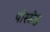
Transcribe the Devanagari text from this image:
पोस्सेह्ल